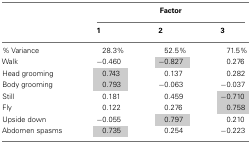
<table><thead><tr><td>[EMPTY_CELL]</td><td colspan="3"><b>Factor</b></td></tr><tr><td>[EMPTY_CELL]</td><td><b>1</b></td><td><b>2</b></td><td><b>3</b></td></tr></thead><tbody><tr><td>% Variance</td><td>28.3%</td><td>52.5%</td><td>71.5%</td></tr><tr><td>Walk</td><td>−0.460</td><td>−0.827</td><td>0.276</td></tr><tr><td>Head grooming</td><td>0.743</td><td>0.137</td><td>0.282</td></tr><tr><td>Body grooming</td><td>0.793</td><td>−0.063</td><td>−0.037</td></tr><tr><td>Still</td><td>0.181</td><td>0.459</td><td>−0.710</td></tr><tr><td>Fly</td><td>0.122</td><td>0.276</td><td>0.758</td></tr><tr><td>Upside down</td><td>−0.055</td><td>0.797</td><td>0.210</td></tr><tr><td>Abdomen spasms</td><td>0.735</td><td>0.254</td><td>−0.223</td></tr></tbody></table>